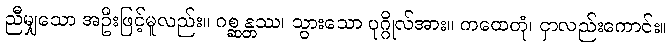
ညီမျှသော အဦးဖြင့်မူလည်း။ ဂစ္ဆန္တဿ၊ သွားသော ပုဂ္ဂိုလ်အား။ ကထေတုံ၊ ငှာလည်းကောင်း။